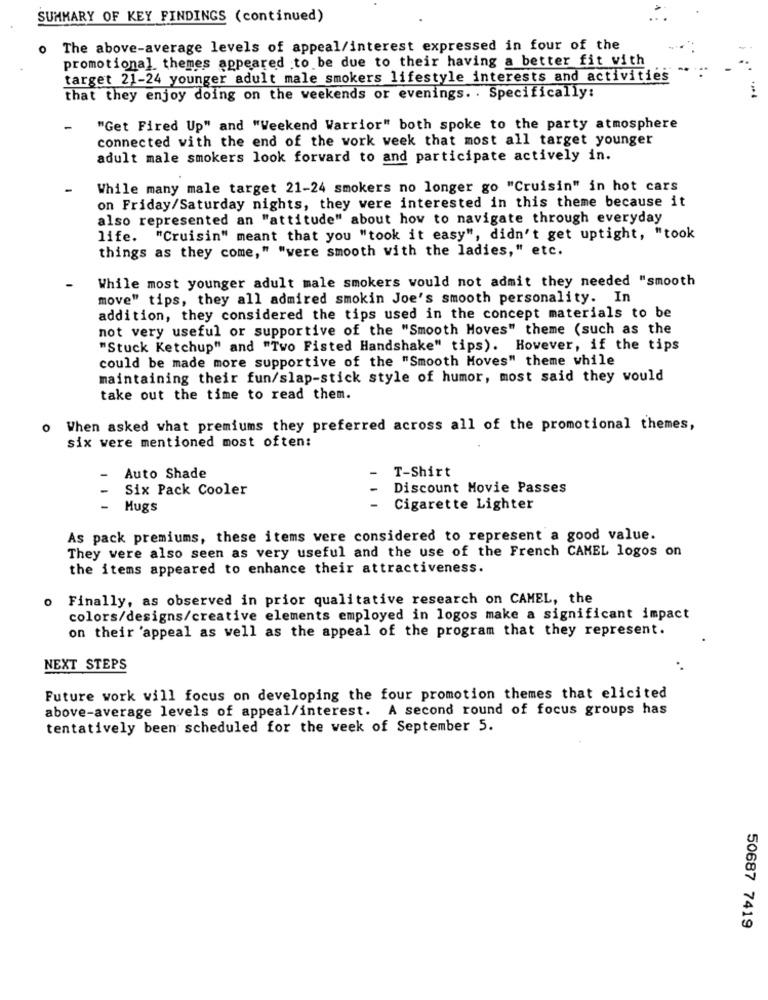
SUMMARY OF KEY FINDINGS (continued)
The above-average levels of appeal/interest expressed in four of the
promotional themes appeared to be due to their having a better fit with
target 21-24 younger adult male smokers lifestyle interests and activities
that they enjoy doing on the weekends or evenings. . Specifically:
"Get Fired Up" and "Weekend Warrior" both spoke to the party atmosphere
connected with the end of the work week that most all target younger
adult male smokers look forward to and participate actively in.
While many male target 21-24 smokers no longer go "Cruisin" in hot cars
on Friday/Saturday nights, they were interested in this theme because it
also represented an "attitude" about how to navigate through everyday
life. "Cruisin" meant that you "took it easy", didn't get uptight, "took
things as they come," "were smooth with the ladies," etc.
While most younger adult male smokers would not admit they needed "smooth
move" tips, they all admired smokin Joe's smooth personality. In
addition, they considered the tips used in the concept materials to be
not very useful or supportive of the "Smooth Moves" theme (such as the
"Stuck Ketchup" and "Two Fisted Handshake" tips). However, if the tips
could be made more supportive of the "Smooth Moves" theme while
maintaining their fun/slap-stick style of humor, most said they would
take out the time to read them.
o When asked what premiums they preferred across all of the promotional themes,
six were mentioned most often:
Auto Shade
-
T-Shirt
Six Pack Cooler
Discount Movie Passes
1 1
Hugs
Cigarette Lighter
As pack premiums, these items were considered to represent a good value.
They were also seen as very useful and the use of the French CAMEL logos on
the items appeared to enhance their attractiveness.
Finally, as observed in prior qualitative research on CAMEL, the
colors/designs/creative elements employed in logos make a significant impact
on their 'appeal as well as the appeal of the program that they represent.
NEXT STEPS
Future work will focus on developing the four promotion themes that elicited
above-average levels of appeal/interest. A second round of focus groups has
tentatively been scheduled for the week of September 5.
50687 7419